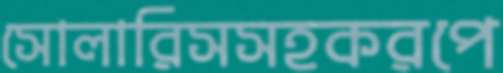
সোলারিসসহকরপে